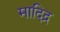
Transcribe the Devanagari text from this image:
मादिद्र